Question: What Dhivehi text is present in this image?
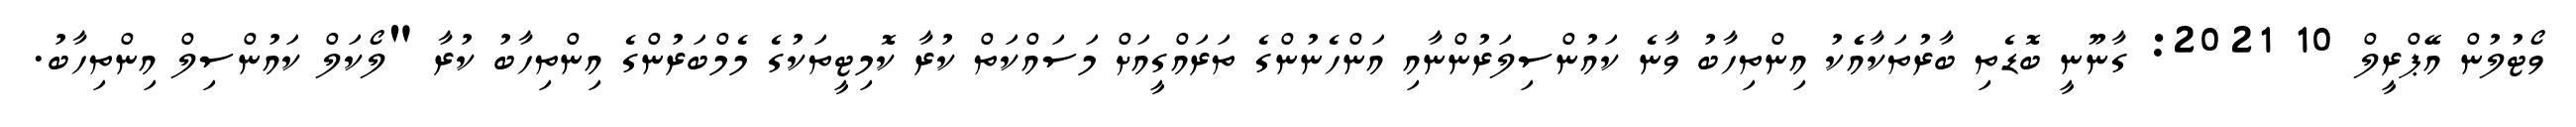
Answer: ވޯޓުލުން އޭޕްރީލް 10 2021: ގާނޫނީ ބޮޑެތި ބާރުތަކާއެެކު އިންތިހާބު ވާނެ ކައުންސިލަރުންނާއި އަންހެނުންގެ ތަރައްގީއަށް މަސައްކަތް ކުރާ ކޮމިޓީތަކުގެ މެމްބަރުންގެ އިންތިހާބު ކުރާ "ލޯކަލް ކައުންސިލް އިންތިހާބު.